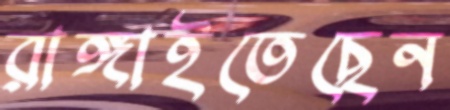
রাঙ্গাইতেছেন